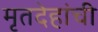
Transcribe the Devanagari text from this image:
मृतदेहांची